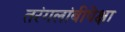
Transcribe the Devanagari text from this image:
तरंगलांबीपेक्षा